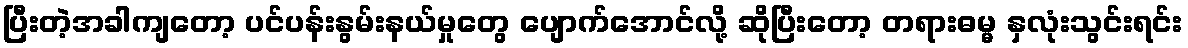
ပြီးတဲ့အခါကျတော့ ပင်ပန်းနွမ်းနယ်မှုတွေ ပျောက်အောင်လို့ ဆိုပြီးတော့ တရားဓမ္မ နှလုံးသွင်းရင်း